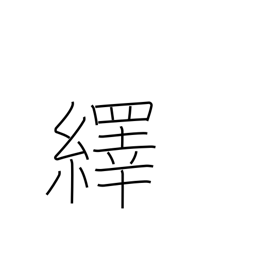
Meaning: pull out